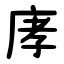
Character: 庨